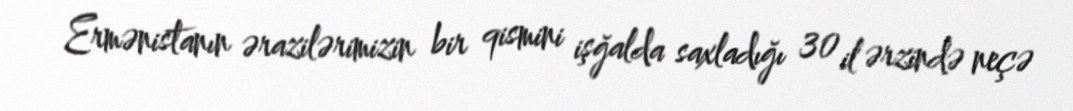
Ermənistanın ərazilərimizin bir qismini işğalda saxladığı 30 il ərzində neçə